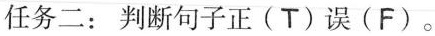
任务二:判断句子正(T)误(F)。